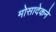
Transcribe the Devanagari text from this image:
मोसादेकने